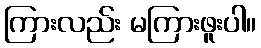
ကြားလည်း မကြားဖူးပါ။